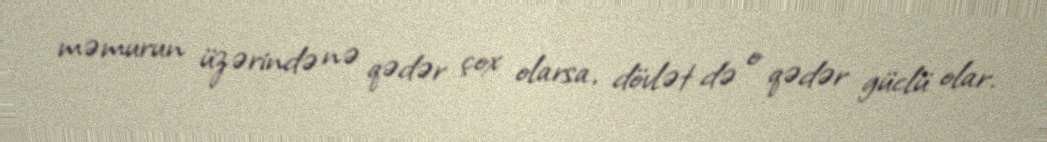
məmurun üzərində nə qədər çox olarsa, dövlət də o qədər güclü olar.